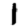
Digit: 1